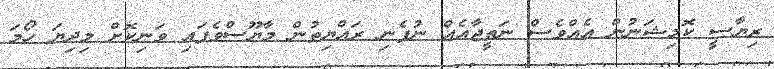
ރިޔާސީ ކޮމިޝަނުން އެއްވެސް ނަތީޖާއެއް ނުފެނި ރައްޔިތުން މާޔޫސްވެފައި ވަނިކޮށް މިދިޔަ ހޯމަ